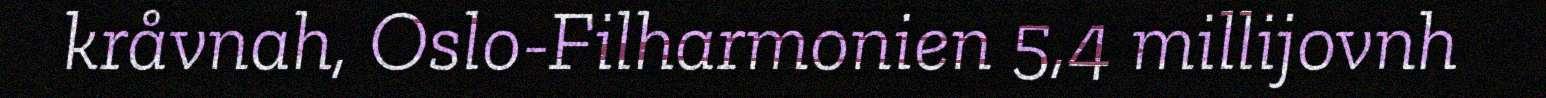
kråvnah, Oslo-Filharmonien 5,4 millijovnh